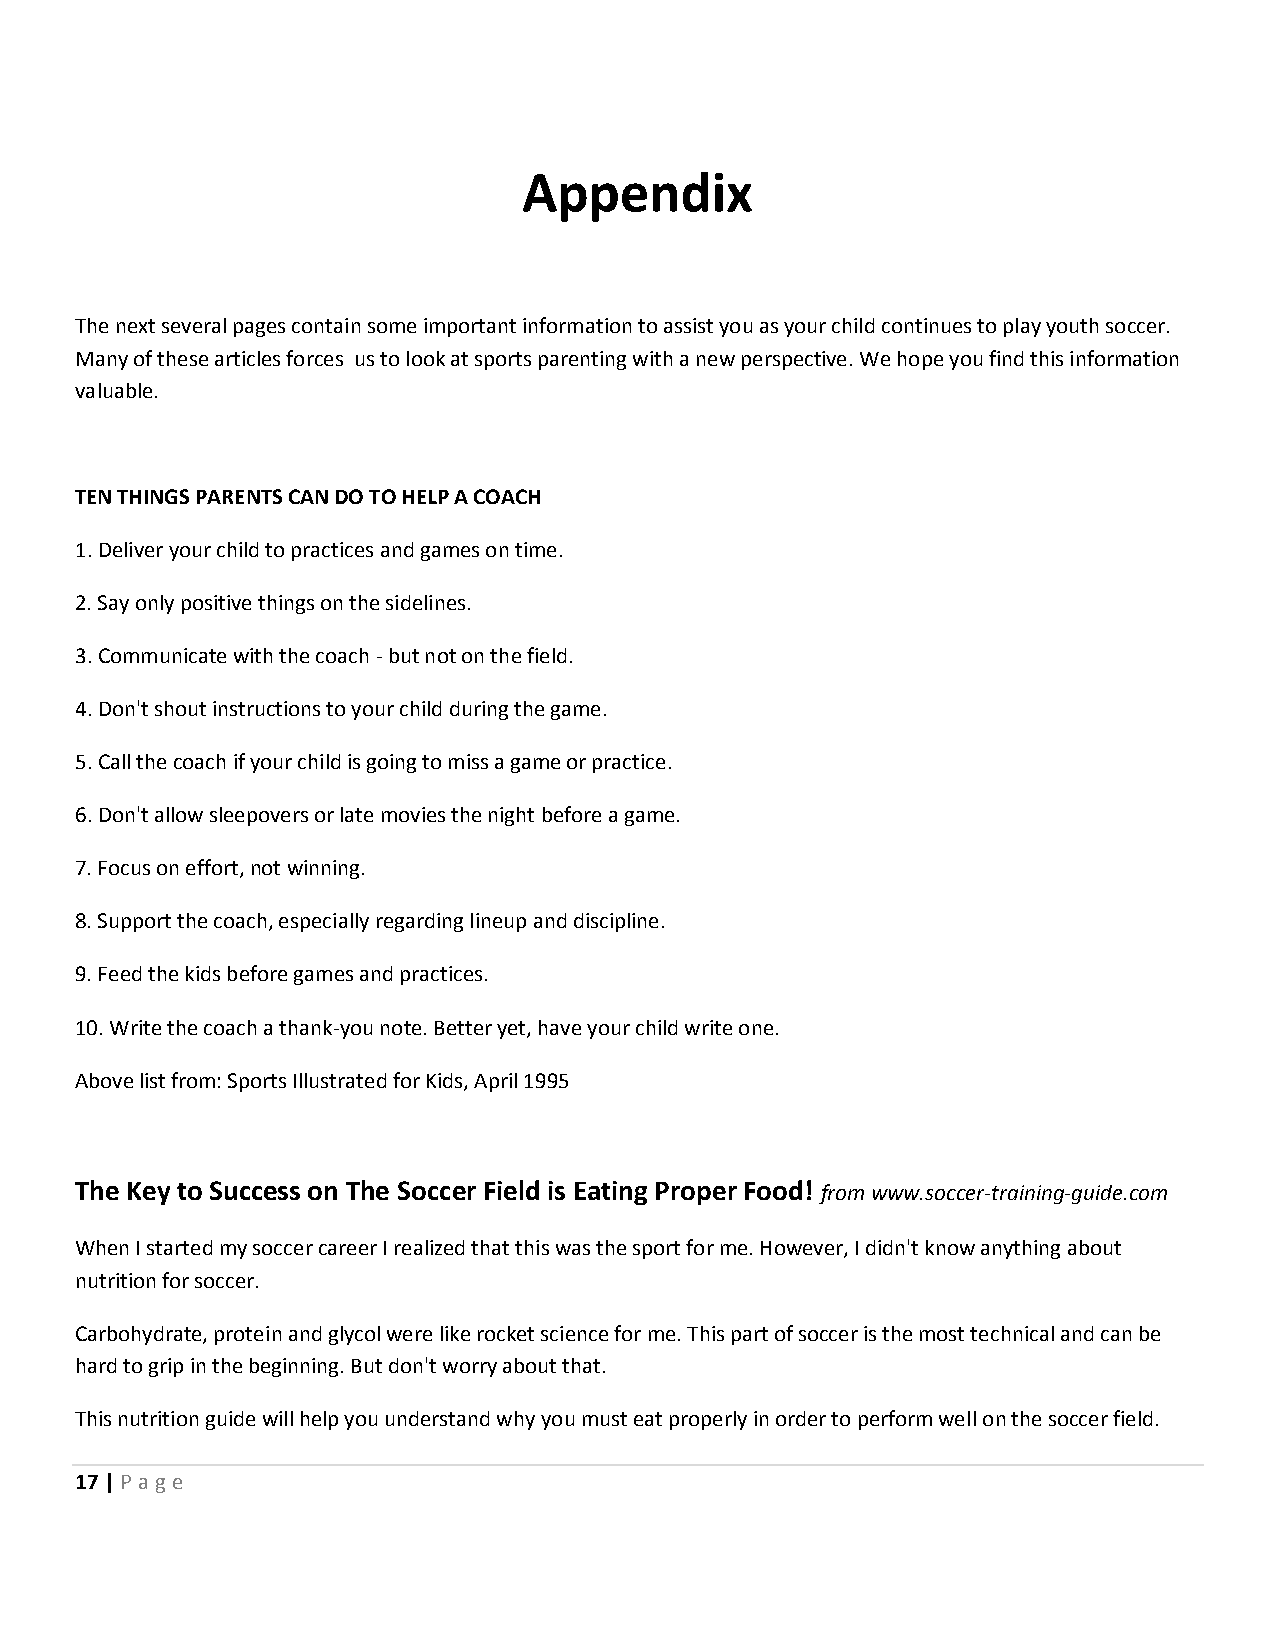
Appendix
 The next several pages contain some important information to assist you as your child continues to play youth soccer.
 Many of these articles forces us to look at sports parenting with a new perspective. We hope you find this information
 valuable.
 TEN THINGS PARENTS CAN DO TO HELP A COACH
 1. Deliver your child to practices and games on time.
 2. Say only positive things on the sidelines.
 3. Communicate with the coach - but not on the field.
 4. Don't shout instructions to your child during the game.
 5. Call the coach if your child is going to miss a game or practice.
 6. Don't allow sleepovers or late movies the night before a game.
 7. Focus on effort, not winning.
 8. Support the coach, especially regarding lineup and discipline.
 9. Feed the kids before games and practices.
 10. Write the coach a thank-you note. Better yet, have your child write one.
 Above list from: Sports Illustrated for Kids, April 1995
 The Key to Success on The Soccer Field is Eating Proper Food! from www.soccer-training-guide.com
 When I started my soccer career I realized that this was the sport for me. However, I didn't know anything about
 nutrition for soccer.
 Carbohydrate, protein and glycol were like rocket science for me. This part of soccer is the most technical and can be
 hard to grip in the beginning. But don't worry about that.
 This nutrition guide will help you understand why you must eat properly in order to perform well on the soccer field.
 17 | P age